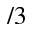
/ 3